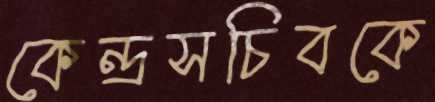
কেন্দ্রসচিবকে